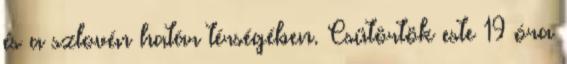
és a szlovén határ térségében. Csütörtök este 19 óra